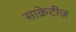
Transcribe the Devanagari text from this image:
साक्रेटीज़